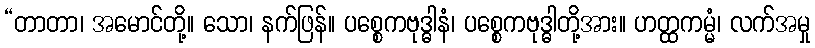
“တာတာ၊ အမောင်တို့။ သော၊ နက်ဖြန်။ ပစ္စေကဗုဒ္ဓါနံ၊ ပစ္စေကဗုဒ္ဓါတို့အား။ ဟတ္ထကမ္မံ၊ လက်အမှု